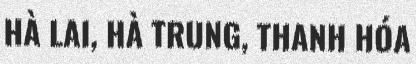
HÀ LAI, HÀ TRUNG, THANH HÓA